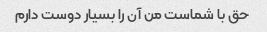
حق با شماست من آن را بسیار دوست دارم